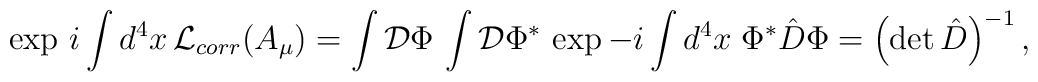
\exp\,i\int d^4x\,{\cal L}_{corr}(A_{\mu})= \int{\cal D}\Phi\,\int{\cal D}\Phi^*\, \exp -i\int d^4x\;\Phi^*{\hat D}\Phi=\left({\rm det}\,{\hat D}\right)^{-1},